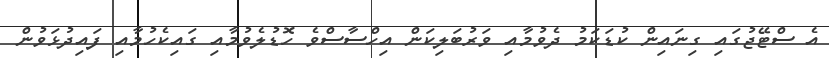
އެ ސްޓޭޖުގައި ގިނައިން ކުޑަކަމު ދެވުމާއި ވަރުބަލިކަން އިހްސާސްވެ ހޮޑުލެވުމާއި ގައިކެހުމާއި ފައިދުޅަވުން